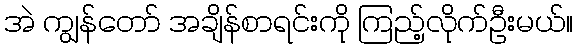
အဲ ကျွန်တော် အချိန်စာရင်းကို ကြည့်လိုက်ဦးမယ်။